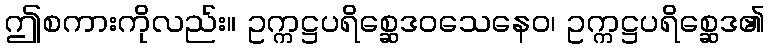
ဤစကားကိုလည်း။ ဥက္ကဋ္ဌပရိစ္ဆေဒဝသေနေဝ၊ ဥက္ကဋ္ဌပရိစ္ဆေဒ၏